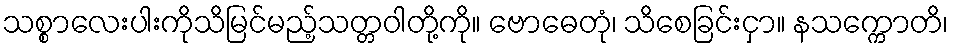
သစ္စာလေးပါးကိုသိမြင်မည့်သတ္တဝါတို့ကို။ ဗောဓေတုံ၊ သိစေခြင်းငှာ။ နသက္ကောတိ၊